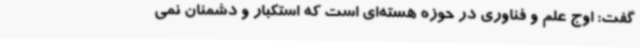
گفت: اوج علم و فناوری در حوزه هسته‌ای است که استکبار و دشمنان نمی